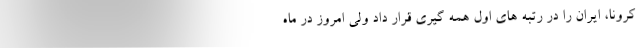
کرونا، ایران را در رتبه های اول همه گیری قرار داد ولی امروز در ماه